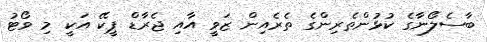
ބާސެލޯނާގެ ކުޅުންތެރިންގެ ތެރެއިން ޒަވީ އާއި ޖެރާޑް ޕީކޭ އަކީ މި ވޯޓު